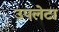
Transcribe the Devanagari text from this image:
उपलेटा